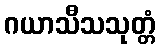
ဂယာသီသသုတ္တံ